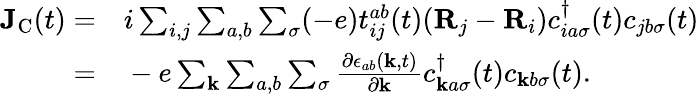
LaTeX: \begin{array}{rl}{\mathbf{J}_{\textrm{C}}(t)=}&{{}i\sum_{i,j}\sum_{a,b}\sum_{\sigma}(-e)t_{ij}^{ab}(t)(\mathbf{R}_{j}-\mathbf{R}_{i})c_{ia\sigma}^{\dagger}(t)c_{jb\sigma}(t)}\\ {=}&{{}-e\sum_{\mathbf{k}}\sum_{a,b}\sum_{\sigma}\frac{\partial\epsilon_{ab}(\mathbf{k},t)}{\partial\mathbf{k}}c_{\mathbf{k}a\sigma}^{\dagger}(t)c_{\mathbf{k}b\sigma}(t).}\end{array}